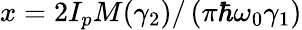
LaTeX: x=2{I_{p}}M(\gamma_{2})/\left(\pi\hbar\omega_{0}\gamma_{1}\right)